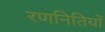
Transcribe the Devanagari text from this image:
रणनितियों